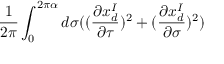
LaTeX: \frac { 1 } { 2 \pi } \int _ { 0 } ^ { 2 \pi \alpha } d \sigma ( ( \frac { \partial x _ { d } ^ { I } } { \partial \tau } ) ^ { 2 } + ( \frac { \partial x _ { d } ^ { I } } { \partial \sigma } ) ^ { 2 } )